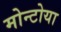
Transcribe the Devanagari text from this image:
मोन्टोया